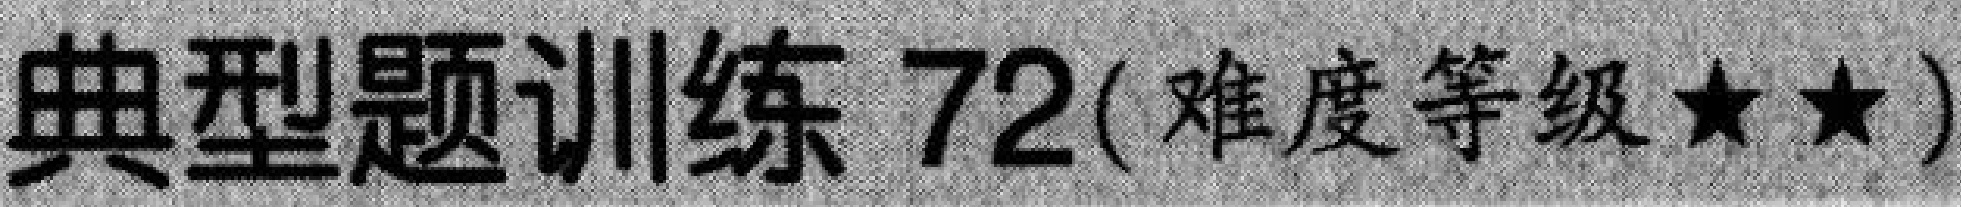
典型题训练 72( 难度等级$\star\star$)